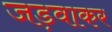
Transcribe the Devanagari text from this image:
जड़वाकर